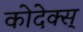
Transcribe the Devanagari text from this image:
कोदेक्स्